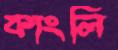
কাংলি